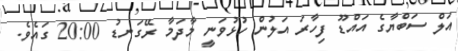
އަލް ސަބްޔާގެ އައްޑޫ ފިހާރަ އަލުން ހުޅުވަނީ މާދަމާ ރޭގަނޑު 20:00 ގައެވެ.